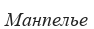
Манпелье